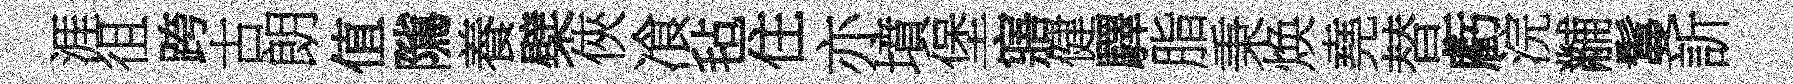
涯徂跨古朗值隲養檗俠飡毡住亦墳堡寤健驛脂秉焕堯替虧浣黼鬘訢